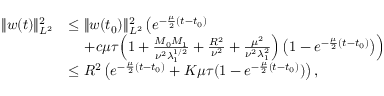
\begin{array} { r l } { \| w ( t ) \| _ { L ^ { 2 } } ^ { 2 } } & { \leq \| w ( t _ { 0 } ) \| _ { L ^ { 2 } } ^ { 2 } \left( e ^ { - \frac { \mu } { 2 } ( t - t _ { 0 } ) } \right. } \\ & { \quad \left. + c \mu \tau \Big ( 1 + \frac { M _ { 0 } M _ { 1 } } { \nu ^ { 2 } \lambda _ { 1 } ^ { 1 / 2 } } + \frac { R ^ { 2 } } { \nu ^ { 2 } } + \frac { \mu ^ { 2 } } { \nu ^ { 2 } \lambda _ { 1 } ^ { 2 } } \Big ) \left( 1 - e ^ { - \frac { \mu } { 2 } ( t - t _ { 0 } ) } \right) \right) } \\ & { \leq R ^ { 2 } \left( e ^ { - \frac { \mu } { 2 } ( t - t _ { 0 } ) } + K \mu \tau ( 1 - e ^ { - \frac { \mu } { 2 } ( t - t _ { 0 } ) } ) \right) , } \end{array}